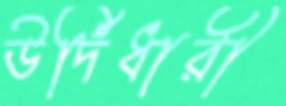
উর্দিধারী